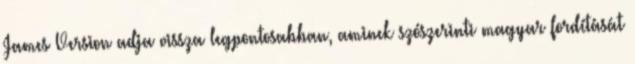
James Version adja vissza legpontosabban, aminek szószerinti magyar fordítását